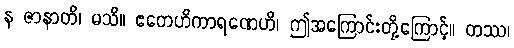
န ဇာနာတိ၊ မသိ။ ဧတေဟိကာရဏေဟိ၊ ဤအကြောင်းတို့ကြောင့်။ တဿ၊